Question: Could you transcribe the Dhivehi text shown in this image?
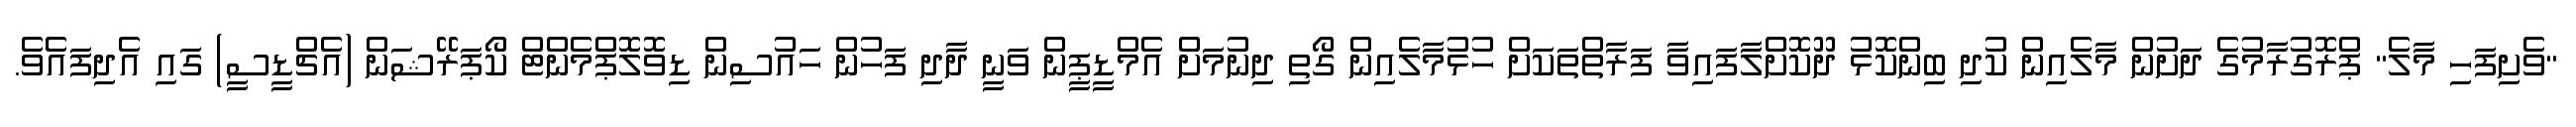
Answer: "ވެށިފަހި މާލެ" ޕްރޮގުރާމުގެ ދަށުން މާލެއިން ކުދި ބިންކޮޅު ދޫކޮށްލާފައިވާ ފަރާތްތަކަށް ހުޅުމާލެއިން ގޯތި ދިނުމަށް އެމްޑީޕީން ވަނީ ދާދި ފަހުން ހައުސިން ޑިވޮލޮޕްމެންޓް ކޯޕަރޭޝަން (އެޗްޑީސީ) ގައި އެދިފައެވެ.